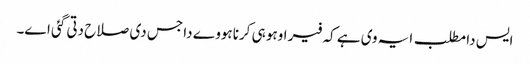
ایس دا مطلب ایہ وی ہے کہ فیر اوہو ہی کرنا ہووے دا جس دی صلاح دتی گئی اے۔